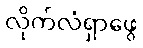
လိုက်လံရှာဖွေ